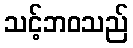
သင့်ဘဝသည်